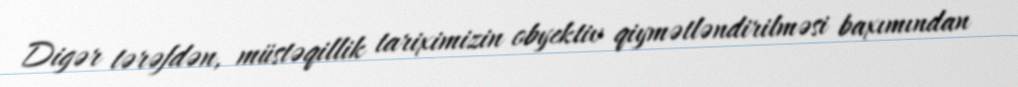
Digər tərəfdən, müstəqillik tariximizin obyektiv qiymətləndirilməsi baxımından